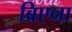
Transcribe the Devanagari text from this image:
ब्रिएना